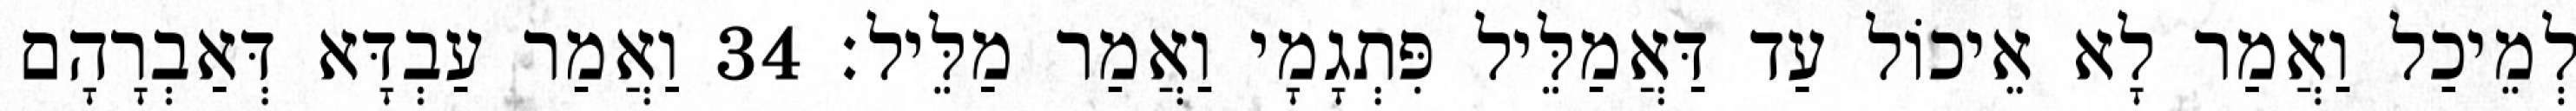
לְמֵיכַל וַאֲמַר לָא אֵיכוֹל עַד דַּאֲמַלֵּיל פִּתְגָמָי וַאֲמַר מַלֵּיל׃ 34 וַאֲמַר עַבְדָּא דְּאַבְרָהָם